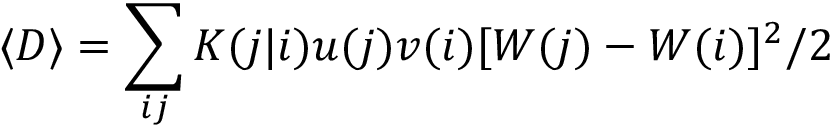
\langle D \rangle = \sum _ { i j } K ( j | i ) u ( j ) v ( i ) [ W ( j ) - W ( i ) ] ^ { 2 } / 2